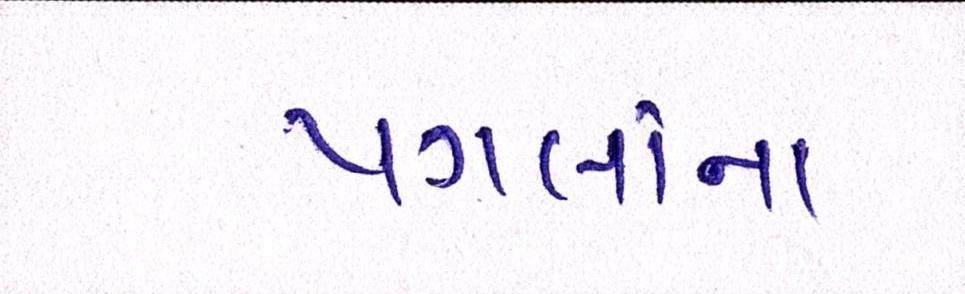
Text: પગલાંના